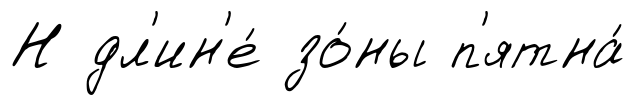
Н дл'ин'е́ зо́ны п'ятна́